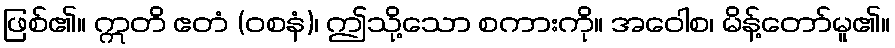
ဖြစ်၏။ ဣတိ ဧတံ (ဝစနံ)၊ ဤသို့သော စကားကို။ အဝေါစ၊ မိန့်တော်မူ၏။